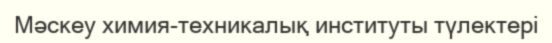
Мәскеу химия-техникалық институты түлектері